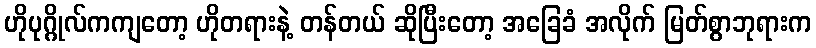
ဟိုပုဂ္ဂိုလ်ကကျတော့ ဟိုတရားနဲ့ တန်တယ် ဆိုပြီးတော့ အခြေခံ အလိုက် မြတ်စွာဘုရားက